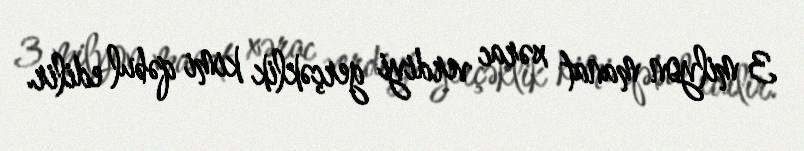
3 milyon manat xərac verdiyi gerçəklik kimi qəbul edilir.